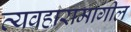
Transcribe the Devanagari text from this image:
व्यवहारामागील